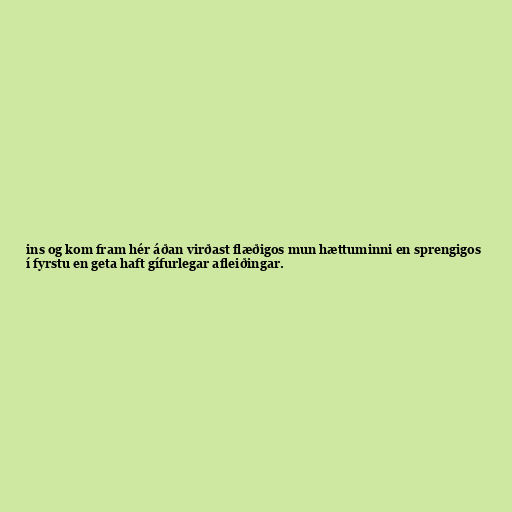
ins og kom fram hér áðan virðast flæðigos mun hættuminni en sprengigos
í fyrstu en geta haft gífurlegar afleiðingar.